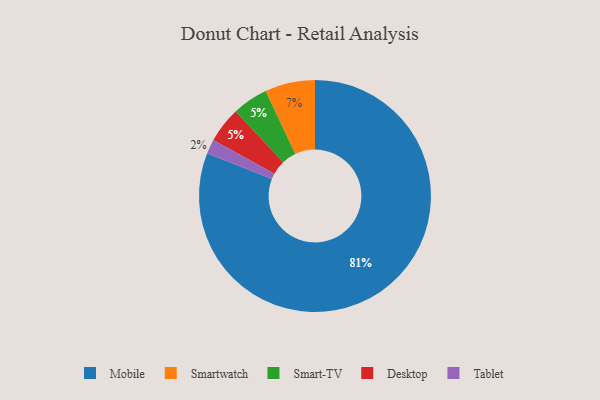
{"axis": {"x": "Category", "y": "Percentage"}, "legend": ["Desktop", "Mobile", "Smart-TV", "Smartwatch", "Tablet"], "data": [{"x": "Smart-TV", "y": 5, "type": "Smart-TV"}, {"x": "Smartwatch", "y": 7, "type": "Smartwatch"}, {"x": "Desktop", "y": 5, "type": "Desktop"}, {"x": "Tablet", "y": 2, "type": "Tablet"}, {"x": "Mobile", "y": 81, "type": "Mobile"}]}